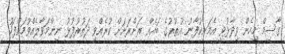
ގާސިމް މިހެން ވިދާޅުވީ އެމަނިކުފާނު އުތުރުގެ ބައެއް ރަށްރަށަށް ކުރެއްވި ދަތުރުފުޅު ނިންމަވާލެއްވުމަށްފަހު